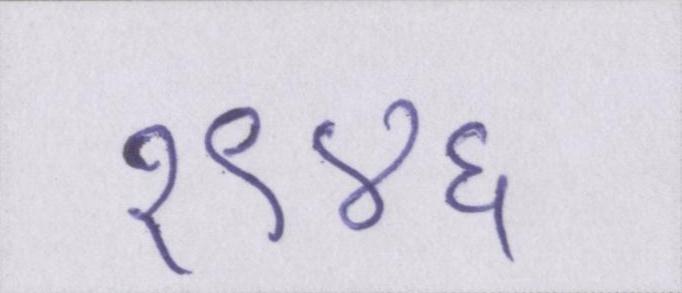
१९४६